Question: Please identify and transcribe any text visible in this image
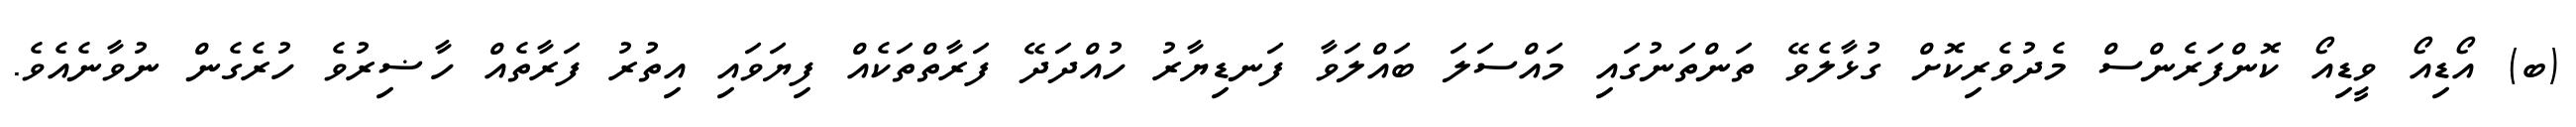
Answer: (ބ) އޯޑިއޯ ވީޑިއޯ ކޮންފަރެންސް މެދުވެރިކޮށް ގުޅާލެވޭ ތަންތަނުގައި މައްސަލަ ބައްލަވާ ފަނޑިޔާރު ހުއްދަދޭ ފަރާތްތަކެއް ފިޔަވައި އިތުރު ފަރާތެއް ހާޟިރުވެ ހުރެގެން ނުވާނެއެވެ.